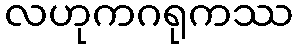
လဟုကဂရုကဿ